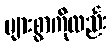
များစွာကိုလည်း